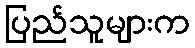
ပြည်သူများက